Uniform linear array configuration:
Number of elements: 8
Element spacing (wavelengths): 1
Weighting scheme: hann
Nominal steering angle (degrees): -30
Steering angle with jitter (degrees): -29.766
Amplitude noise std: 0.05
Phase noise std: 0.05

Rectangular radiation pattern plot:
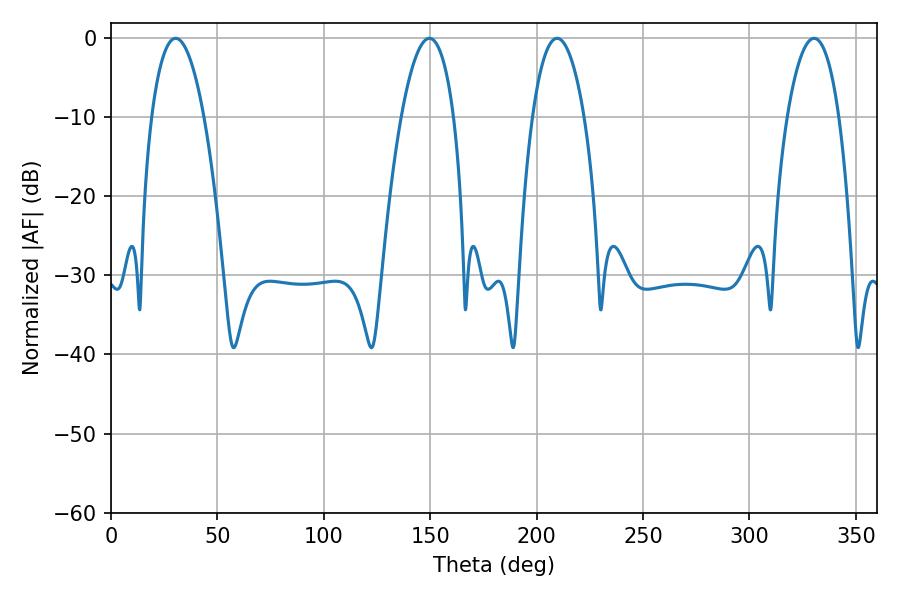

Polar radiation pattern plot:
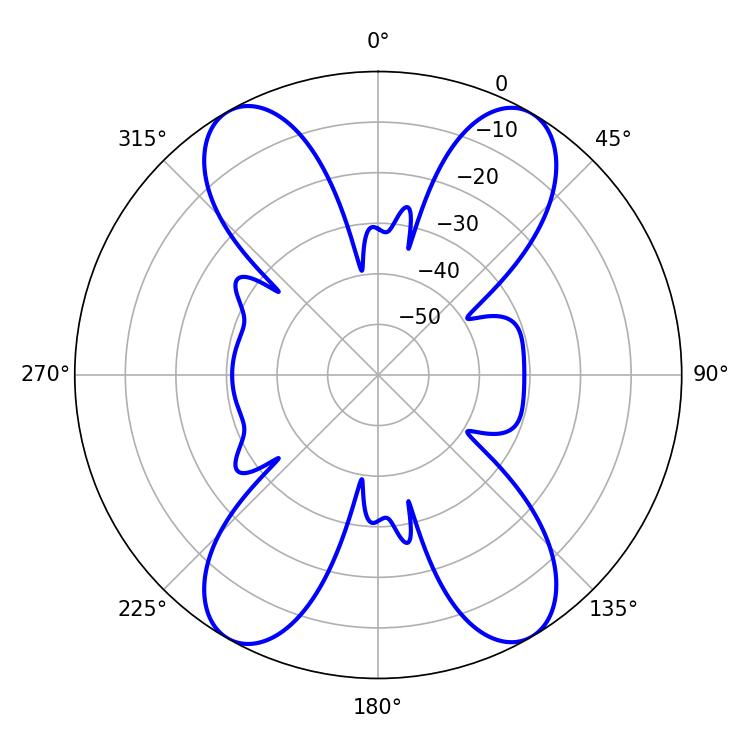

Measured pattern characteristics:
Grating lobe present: TRUE
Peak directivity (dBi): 22.806
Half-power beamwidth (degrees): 13.86
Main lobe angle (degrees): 30.42